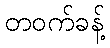
တဝက်ခန့်